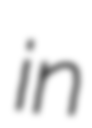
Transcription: in